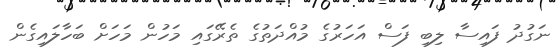
ނަގުދު ފައިސާ ލިބި ފަސް އަހަރުގެ މުއްދަތުގެ ތެރޭގައި މަހުން މަހަށް ބަހާލައިގެން